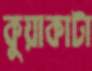
কুয়াকাটা